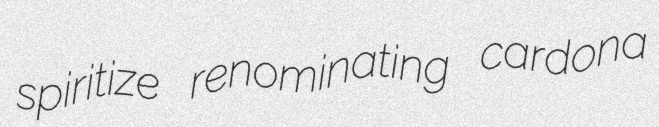
spiritize renominating cardona